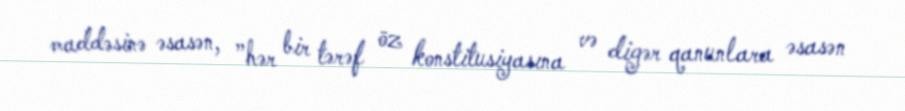
maddəsinə əsasən, ”hər bir tərəf öz konstitusiyasına və digər qanunlara əsasən